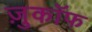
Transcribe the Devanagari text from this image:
ज़ुकाॅफ